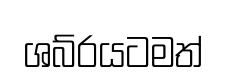
ශබ්රයටමත්